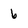
Character: 6